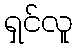
ရှင်လူ